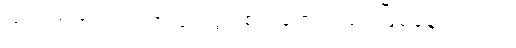
က ရတဲ့အတွက် အငြင်းပွားစရာတွေလည်း ဖြစ်နေပါတယ်။